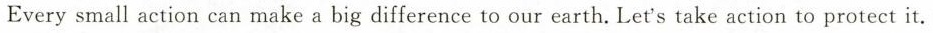
Everysmall action can make a big difference to our earth. Let's take action to protect it. 根